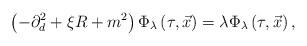
LaTeX: \begin{align*}\left(-\partial _{d}^{2}+\xi R+m^{2}\right)\Phi _{\lambda }\left(\tau ,\vec{x}\right)=\lambda \Phi _{\lambda }\left(\tau ,\vec{x}\right),\end{align*}